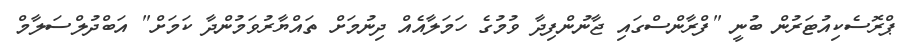
ޕްރޮސެކިއުޓަރުން ބުނީ "ފްރާންސްގައި ޖާނުންފިދާ ވުމުގެ ހަމަލާއެއް ދިނުމަށް ތައްޔާރުވަމުންދާ ކަމަށް" އަބްދުލްސަލާމް